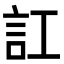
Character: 訌